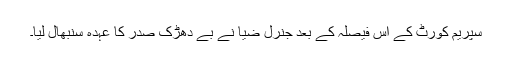
سپریم کورٹ کے اس فیصلہ کے بعد جنرل ضیا نے بے دھڑک صدر کا عہدہ سنبھال لیا۔